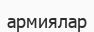
армиялар